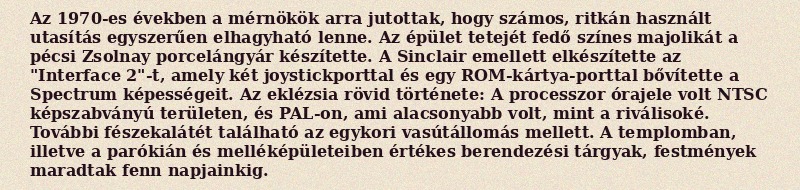
Az 1970-es években a mérnökök arra jutottak, hogy számos, ritkán használt utasítás egyszerűen elhagyható lenne. Az épület tetejét fedő színes majolikát a pécsi Zsolnay porcelángyár készítette. A Sinclair emellett elkészítette az "Interface 2"-t, amely két joystickporttal és egy ROM-kártya-porttal bővítette a Spectrum képességeit. Az eklézsia rövid története: A processzor órajele volt NTSC képszabványú területen, és PAL-on, ami alacsonyabb volt, mint a riválisoké. További fészekalátét található az egykori vasútállomás mellett. A templomban, illetve a parókián és melléképületeiben értékes berendezési tárgyak, festmények maradtak fenn napjainkig.